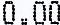
0.00